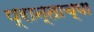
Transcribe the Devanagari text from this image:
प्रान्ताच्या